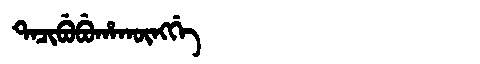
Manchu: ᡨᠠᠴᡳᠪᡠᠪᡠᡥᠠᡴᡡᠩᡤᡝ
Romanization: TACIBUBUHAKŪNGGE